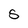
Character: S